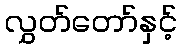
လွှတ်တော်နှင့်